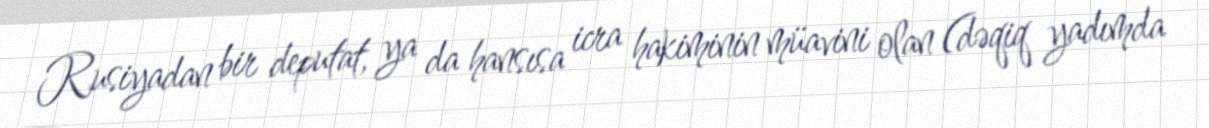
Rusiyadan bir deputat, ya da hansısa icra hakiminin müavini olan (dəqiq yadımda